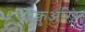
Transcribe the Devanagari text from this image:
ऐक्चुअरिस